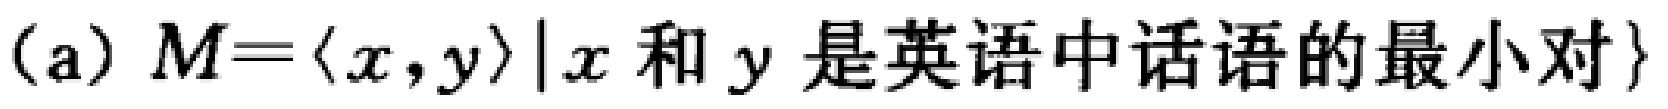
(a) \(M = \{ \langle x, y\rangle|x\text{ 和 }y\text{ 是英语中话语的最小对}\}\)